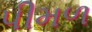
પીમળ